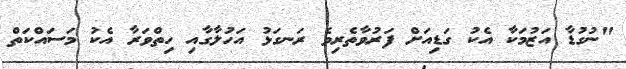
"ނުގުޑާ އަޒުމަކާ އެކު ގަޑިއަށް ފަރުވާތެރިވެ ރަނގަޅު އަހުލާގާއި ހިތްވަރާ އެކު މަސައްކަތް